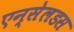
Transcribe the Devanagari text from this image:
एन्सेलडस